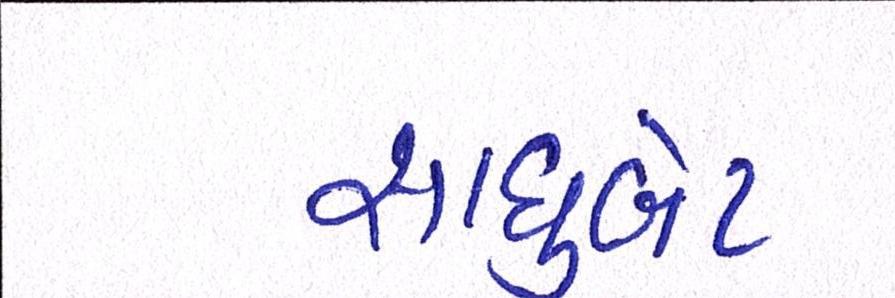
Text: સાધુબેટ